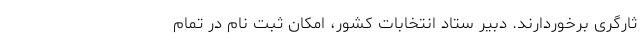
ثارگری برخوردارند. دبیر ستاد انتخابات کشور، امکان ثبت نام در تمام